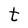
Character: t